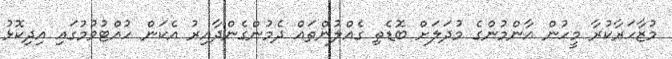
މުޒާހަރާކުރާ މީހުން އާންމުންގެ މުދަލަށް ބޮޑެތި ގެއްލުންތައް ދެމުންގެންދާއިރު އެކަން ހުއްޓުވުމުގައި އިދިކޮޅު